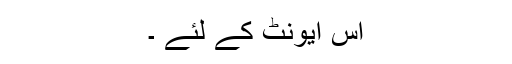
اس ایونٹ کے لئے ۔